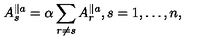
A _ { s } ^ { \parallel a } = \alpha \sum _ { r \ne s } A _ { r } ^ { \parallel a } , s = 1 , \ldots , n ,